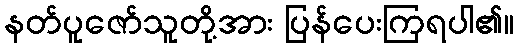
နတ်ပူဇော်သူတို့အား ပြန်ပေးကြရပါ၏။